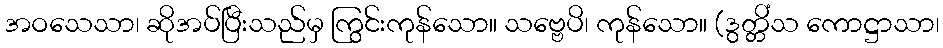
အဝသေသာ၊ ဆိုအပ်ပြီးသည်မှ ကြွင်းကုန်သော။ သဗ္ဗေပိ၊ ကုန်သော။ (ဒွတ္တိံသ ကောဋ္ဌာသာ၊